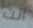
انت